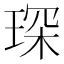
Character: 琛